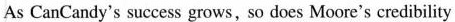
As CanCandy's success grows, so does Moore's credibility